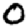
Digit: 0